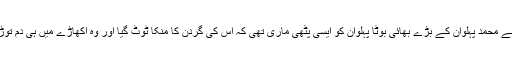
اس نے محمد پہلوان کے بڑے بھائی بوٹا پہلوان کو ایسی پٹھی ماری تھی کہ اس کی گردن کا منکا ٹوٹ گیا اور وہ اکھاڑے میں ہی دم توڑ گیا۔